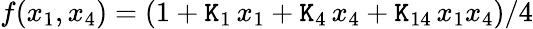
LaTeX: f(x_{1},x_{4})=(1+\mathtt{K}_{1}\, x_{1}+\mathtt{K}_{4}\, x_{4}+\mathtt{K}_{14}\, x_{1}x_{4})/4